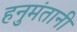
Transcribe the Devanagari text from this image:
हनुमंतानी